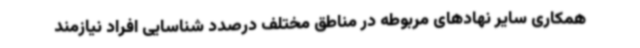
همکاری سایر نهادهای مربوطه در مناطق مختلف درصدد شناسایی افراد نیازمند